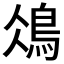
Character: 𩿕